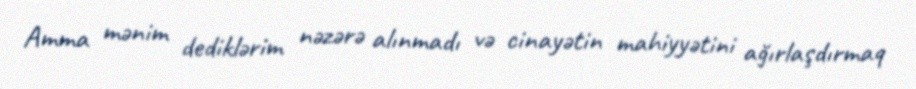
Amma mənim dediklərim nəzərə alınmadı və cinayətin mahiyyətini ağırlaşdırmaq